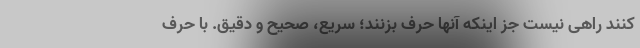
کنند راهی نیست جز اینکه آنها حرف بزنند؛ سریع، صحیح و دقیق. با حرف